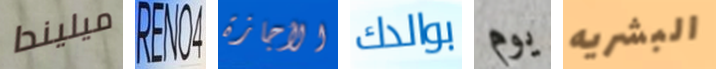
ميليندا RENO4 الأجازة بوالدك يوم البشريه